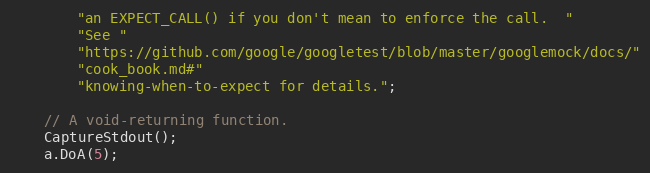
Language: C++
        "an EXPECT_CALL() if you don't mean to enforce the call.  "
        "See "
        "https://github.com/google/googletest/blob/master/googlemock/docs/"
        "cook_book.md#"
        "knowing-when-to-expect for details.";

    // A void-returning function.
    CaptureStdout();
    a.DoA(5);